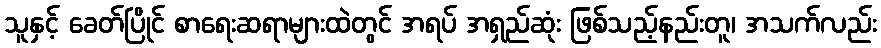
သူနှင့် ခေတ်ပြိုင် စာရေးဆရာများထဲတွင် အရပ် အရှည်ဆုံး ဖြစ်သည့်နည်းတူ၊ အသက်လည်း